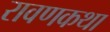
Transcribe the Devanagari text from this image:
रावणकथा